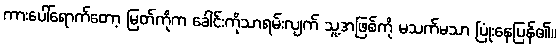
ကားပေါ်ရောက်တော့ မြတ်ကိုက ခေါင်းကိုသာရမ်းလျက် သူ့အဖြစ်ကို မသက်မသာ ပြုံးနေပြန်၏။